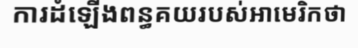
ការដំឡើងពន្ធគយរបស់អាមេរិកថា